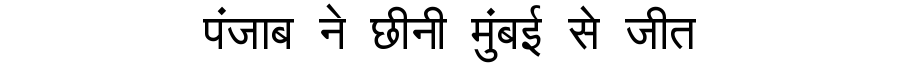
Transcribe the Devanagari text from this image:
पंजाब ने छीनी मुंबई से जीत